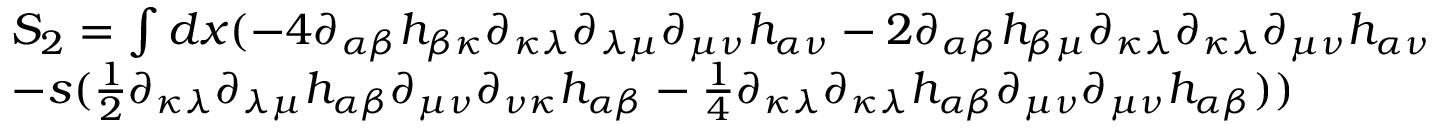
\begin{array} { l } { { S _ { 2 } = \int { d x ( - 4 \partial _ { \alpha \beta } h _ { \beta \kappa } \partial _ { \kappa \lambda } \partial _ { \lambda \mu } \partial _ { \mu \nu } h _ { \alpha \nu } } - 2 \partial _ { \alpha \beta } h _ { \beta \mu } \partial _ { \kappa \lambda } \partial _ { \kappa \lambda } \partial _ { \mu \nu } h _ { \alpha \nu } } } \\ { { - s ( \frac { 1 } { 2 } \partial _ { \kappa \lambda } \partial _ { \lambda \mu } h _ { \alpha \beta } \partial _ { \mu \nu } \partial _ { \nu \kappa } h _ { \alpha \beta } - \frac { 1 } { 4 } \partial _ { \kappa \lambda } \partial _ { \kappa \lambda } h _ { \alpha \beta } \partial _ { \mu \nu } \partial _ { \mu \nu } h _ { \alpha \beta } ) ) } } \end{array}